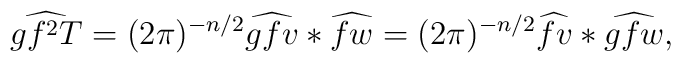
\widehat{gf^2T} = (2\pi)^{-n/2} \widehat{gfv} * \widehat{fw} =    (2\pi)^{-n/2} \widehat{fv} * \widehat{gfw},